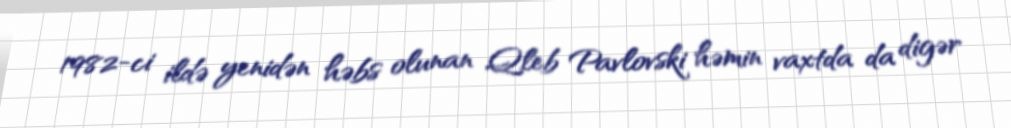
1982-ci ildə yenidən həbs olunan Qleb Pavlovski həmin vaxtda da digər